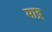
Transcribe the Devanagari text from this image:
माद्र